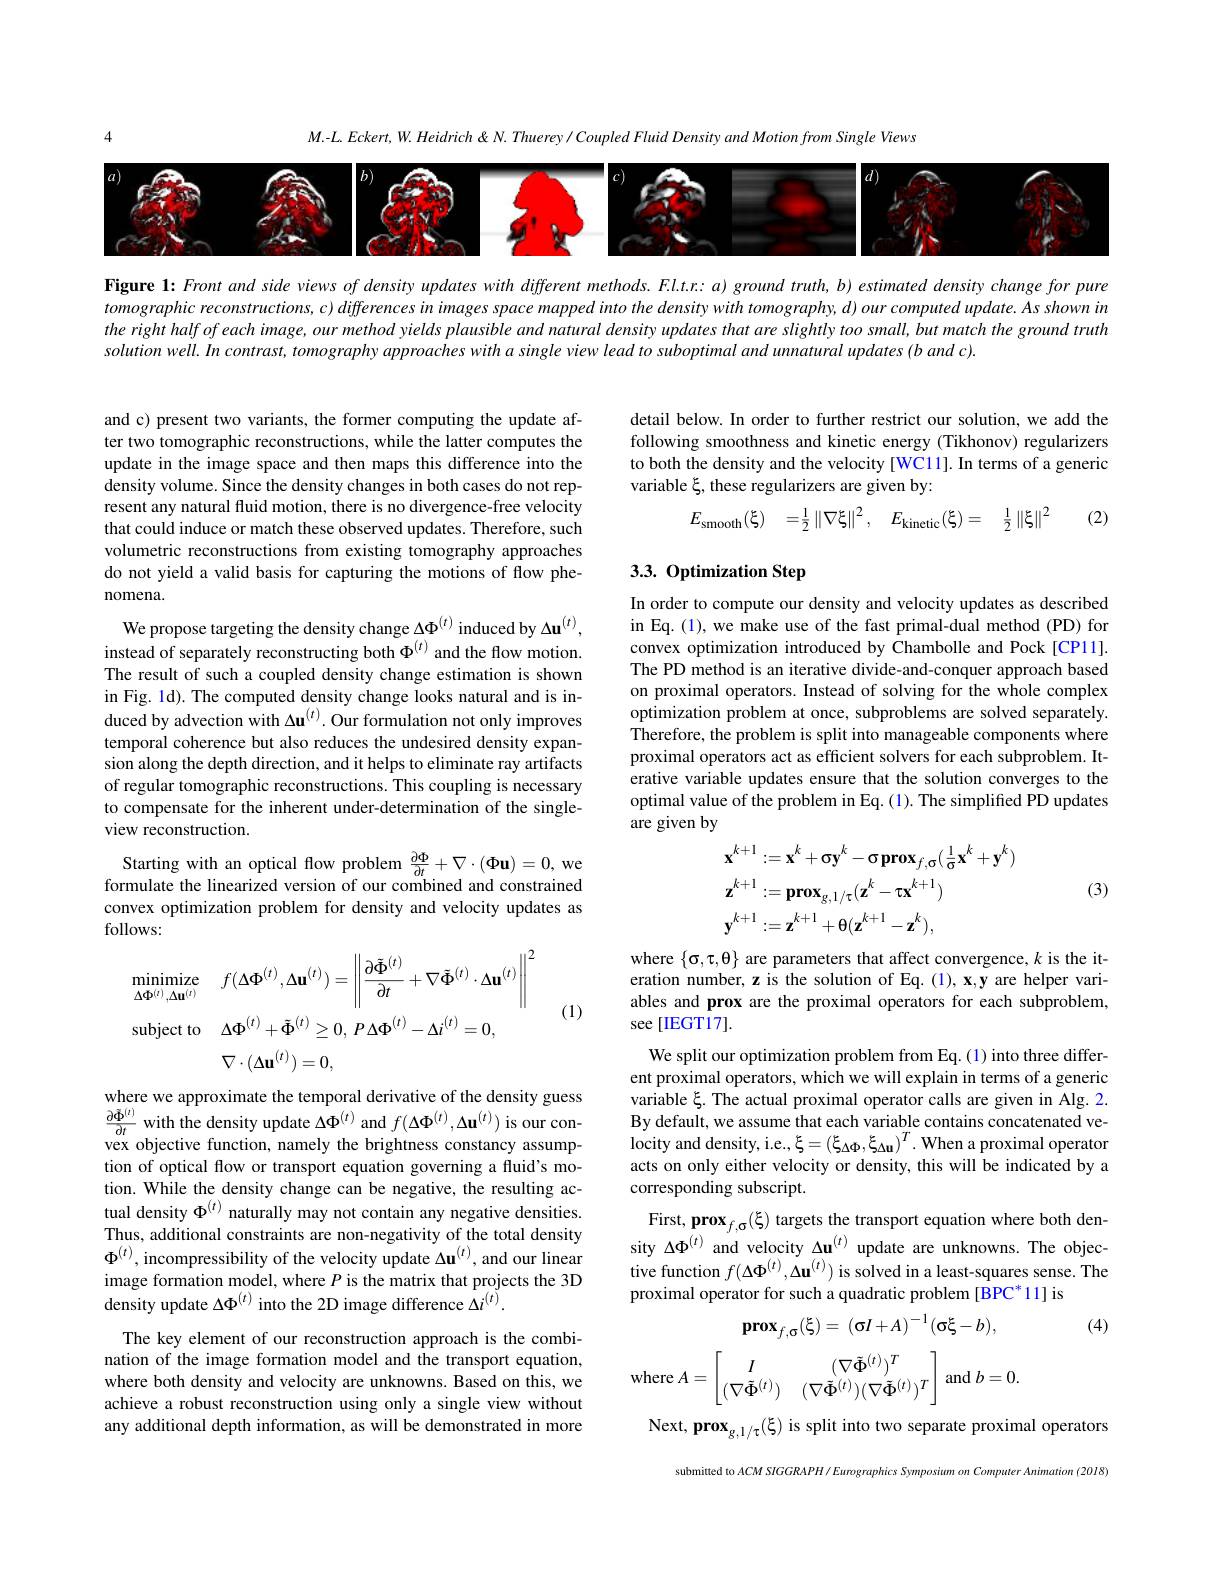
$M.-L.Eckert,W.Heidrich\&N.Thuerey/CoupledFluidDensityandMotionfromSingleViews$

<FigureHere>

Figure 1: Front and side views of density updates with different methods. Fl.t.r: a) ground truth, b) estimated density change for pure $tomographic~reconstructions,~c)~differences~in~images~space~mapped~into~the~density~with~tomography,~d)~our~computed~update.~As~shown~in~tomographic~reconstructions,~c)~differences~in~images~space~mapped~into~the~de~density~with~tomography,~d)~our~compu$ the right half of each image, our method yields plausible and natural density updates that are slightly too small, but match the ground truth solution well. In contrast, tomography approaches with $a$ single view lead to suboptimal and unnnatural updates (b and c).

and c) present two variants, the former computing the update after two tomographic reconstructions, while the latter computes the update in the image space and then maps this difference into the density volume. Since the density changes in both cases do not represent any natural fluid motion, there is no divergence-free velocity that could induce or match these observed updates. Therefore, such volumetric reconstructions from existing tomography approaches do not yield a valid basis for capturing the motions of flow phenomena.

We propose targeting the density change $\Delta\Phi^{(t)}$ induced by $\Delta\mathbf{u}^{(t)}$, instead of separately reconstructing both $\Phi^{(t)}$ and the flow motion. The result of such a coupled density change estimation is shown in Fig. 1d). The computed density change looks natural and is induced by advection with $\Delta\mathbf{u}^{(t)}.$ Our formulation not only improves temporal coherence but also reduces the undesired density expansion along the depth direction, and it helps to eliminate ray artifacts of regular tomographic reconstructions. This coupling is necessary to compensate for the inherent under-determination of the singleview reconstruction.
Starting with an optical flow problem $\frac{\partial\Phi}{\partial t}+\nabla\cdot(\Phi\mathbf{u})=0$, we formulate the linearized version of our combined and constrained convex optimization problem for density and velocity updates as follows:
$$\begin{aligned}&\operatorname*{minimize}_{\Delta\Phi^{(t)},\Delta\mathbf{u}^{(t)}}f(\Delta\Phi^{(t)},\Delta\mathbf{u}^{(t)})=\left\|\frac{\partial\tilde{\Phi}^{(t)}}{\partial t}+\nabla\tilde{\Phi}^{(t)}\cdot\Delta\mathbf{u}^{(t)}\right\|^{2}\\&\mathrm{subject~to}\Delta\Phi^{(t)}+\tilde{\Phi}^{(t)}\geq0,\:P\Delta\Phi^{(t)}-\Delta i^{(t)}=0,\\&\nabla\cdot(\Delta\mathbf{u}^{(t)})=0,\end{aligned}$$
(1)

where we approximate the temporal derivative of the density guess $\frac{\partial\Phi^{(t)}}{\partial t}$ with the density update $\Delta\Phi^{(t)}$ and $f(\Delta\Phi^{(t)},\Delta\mathbf{u}^{(t)})$ is our convex objective function, namely the brightness constancy assumption of optical flow or transport equation governing a fluid's motion. While the density change can be negative, the resulting actual density $\Phi^{(t)}$ naturally may not contain any negative densities. Thus, additional constraints are non-negativity of the total density $\Phi^{(t)}$, incompressibility of the velocity update $\Delta\mathbf{u}^{(t)}$, and our linear image formation model, where $P$ is the matrix that projects the 3D density update $\Delta\Phi^{(t)}$ into the 2D image difference $\Delta i^{(t)}.$

The key element of our reconstruction approach is the combination of the image formation model and the transport equation, where both density and velocity are unknowns. Based on this, we achieve a robust reconstruction using only a single view without any additional depth information, as will be demonstrated in more

detail below. In order to further restrict our solution, we add the following smoothness and kinetic energy (Tikhonov) regularizers to both the density and the velocity [WC11]. In terms of a generic variable $\xi$, these regularizers are given by:

(2)
$$E_{\mathrm{smooth}}(\xi)\quad=\frac{1}{2}\left\|\nabla\xi\right\|^{2},\quad E_{\mathrm{kinetic}}(\xi)=\quad\frac{1}{2}\left\|\xi\right\|^{2}$$
## 3.3. Optimization Step

In order to compute our density and velocity updates as described in Eq.(1), we make use of the fast primal-dual method (PD) for convex optimization introduced by Chambolle and Pock[CP11]. The PD method is an iterative divide-and-conquer approach based on proximal operators. Instead of solving for the whole complex optimization problem at once, subproblems are solved separately. Therefore, the problem is split into manageable components where proximal operators act as efficient solvers for each subproblem. Iterative variable updates ensure that the solution converges to the optimal value of the problem in Eq.(1). The simplified PD updates are given by
$$\begin{aligned}&\mathbf{x}^{k+1}:=\mathbf{x}^{k}+\mathbf{\sigma}\mathbf{y}^{k}-\mathbf{\sigma}\mathbf{prox}_{f,\mathbf{\sigma}}(\frac{1}{\mathbf{\sigma}}\mathbf{x}^{k}+\mathbf{y}^{k})\\&\mathbf{z}^{k+1}:=\mathbf{prox}_{g,1/\tau}(\mathbf{z}^{k}-\mathbf{\tau}\mathbf{x}^{k+1})\\&\mathbf{y}^{k+1}:=\mathbf{z}^{k+1}+\theta(\mathbf{z}^{k+1}-\mathbf{z}^{k}),\end{aligned}$$
(3)

where $\{\sigma,\tau,\Theta\}$ are parameters that affect convergence, $k$ is the iteration number, z is the solution of Eq. (1), x,y are helper variables and prox are the proximal operators for each subproblem, see [IEGT17]
We split our optimization problem from Eq. (1) into three different proximal operators, which we will explain in terms of a generic variable $\xi$. The actual proximal operator calls are given in Alg. 2. By default, we assume that each variable contains concatenated velocity and density, i.e., $\xi=(\xi_{\Delta\Phi},\xi_{\Delta\mathbf{u}})^{T}.$ When a proximal operator acts on only either velocity or density, this will be indicated by a corresponding subscript.
First, prox$_f,\sigma(\xi)$ targets the transport equation where both density $\Delta\Phi^{(t)}$ and velocity $\Delta\mathbf{u}^{(t)}$ update are unknowns. The objective function $f(\Delta\Phi^{(t)},\Delta\mathbf{u}^{(t)})$ is solved in a least-squares sense. The proximal operator for such a quadratic problem [BPC*11] is
$$\mathbf{prox}_{f,\sigma}(\xi)=\:\left(\sigma I+A\right)^{-1}(\sigma\xi-b),$$
(4)
$$\text{where}A=\begin{bmatrix}I&(\nabla\tilde{\Phi}^{(t)})^T\\(\nabla\tilde{\Phi}^{(t)})&(\nabla\tilde{\Phi}^{(t)})(\nabla\tilde{\Phi}^{(t)})^T\end{bmatrix}\text{and}b=0.$$
Next, prox$_{g,1/\tau}(\xi)$ is split into two separate proximal operators

submitted

$ACM$ SIGGRAPH/ Eurographics Symposium on Computer Animation (2018)